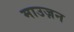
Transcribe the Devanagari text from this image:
माउज़न